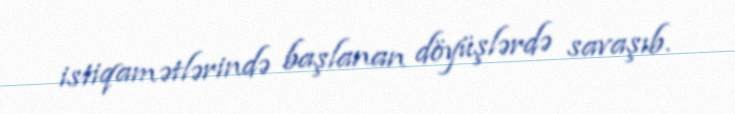
istiqamətlərində başlanan döyüşlərdə savaşıb.